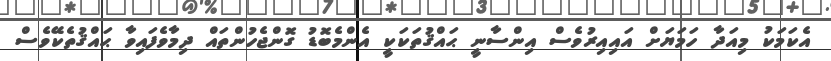
އެކަމަކު މިއަދާ ހަމަޔަށް އައިއިރުވެސް އިންސާނީ ޙައްޤުތަކަކީ އެންމެބޮޑު ގޮންޖެހުންތައް ދިމާވެފައިވާ ޙައްޤުތެކޭވެސް